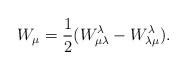
LaTeX: \begin{align*}W_\mu={1\over 2}(W^\lambda_{\mu\lambda}-W^\lambda_{\lambda\mu}).\end{align*}